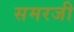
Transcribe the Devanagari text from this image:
समरजी